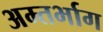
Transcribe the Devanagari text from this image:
अम्तर्भाग